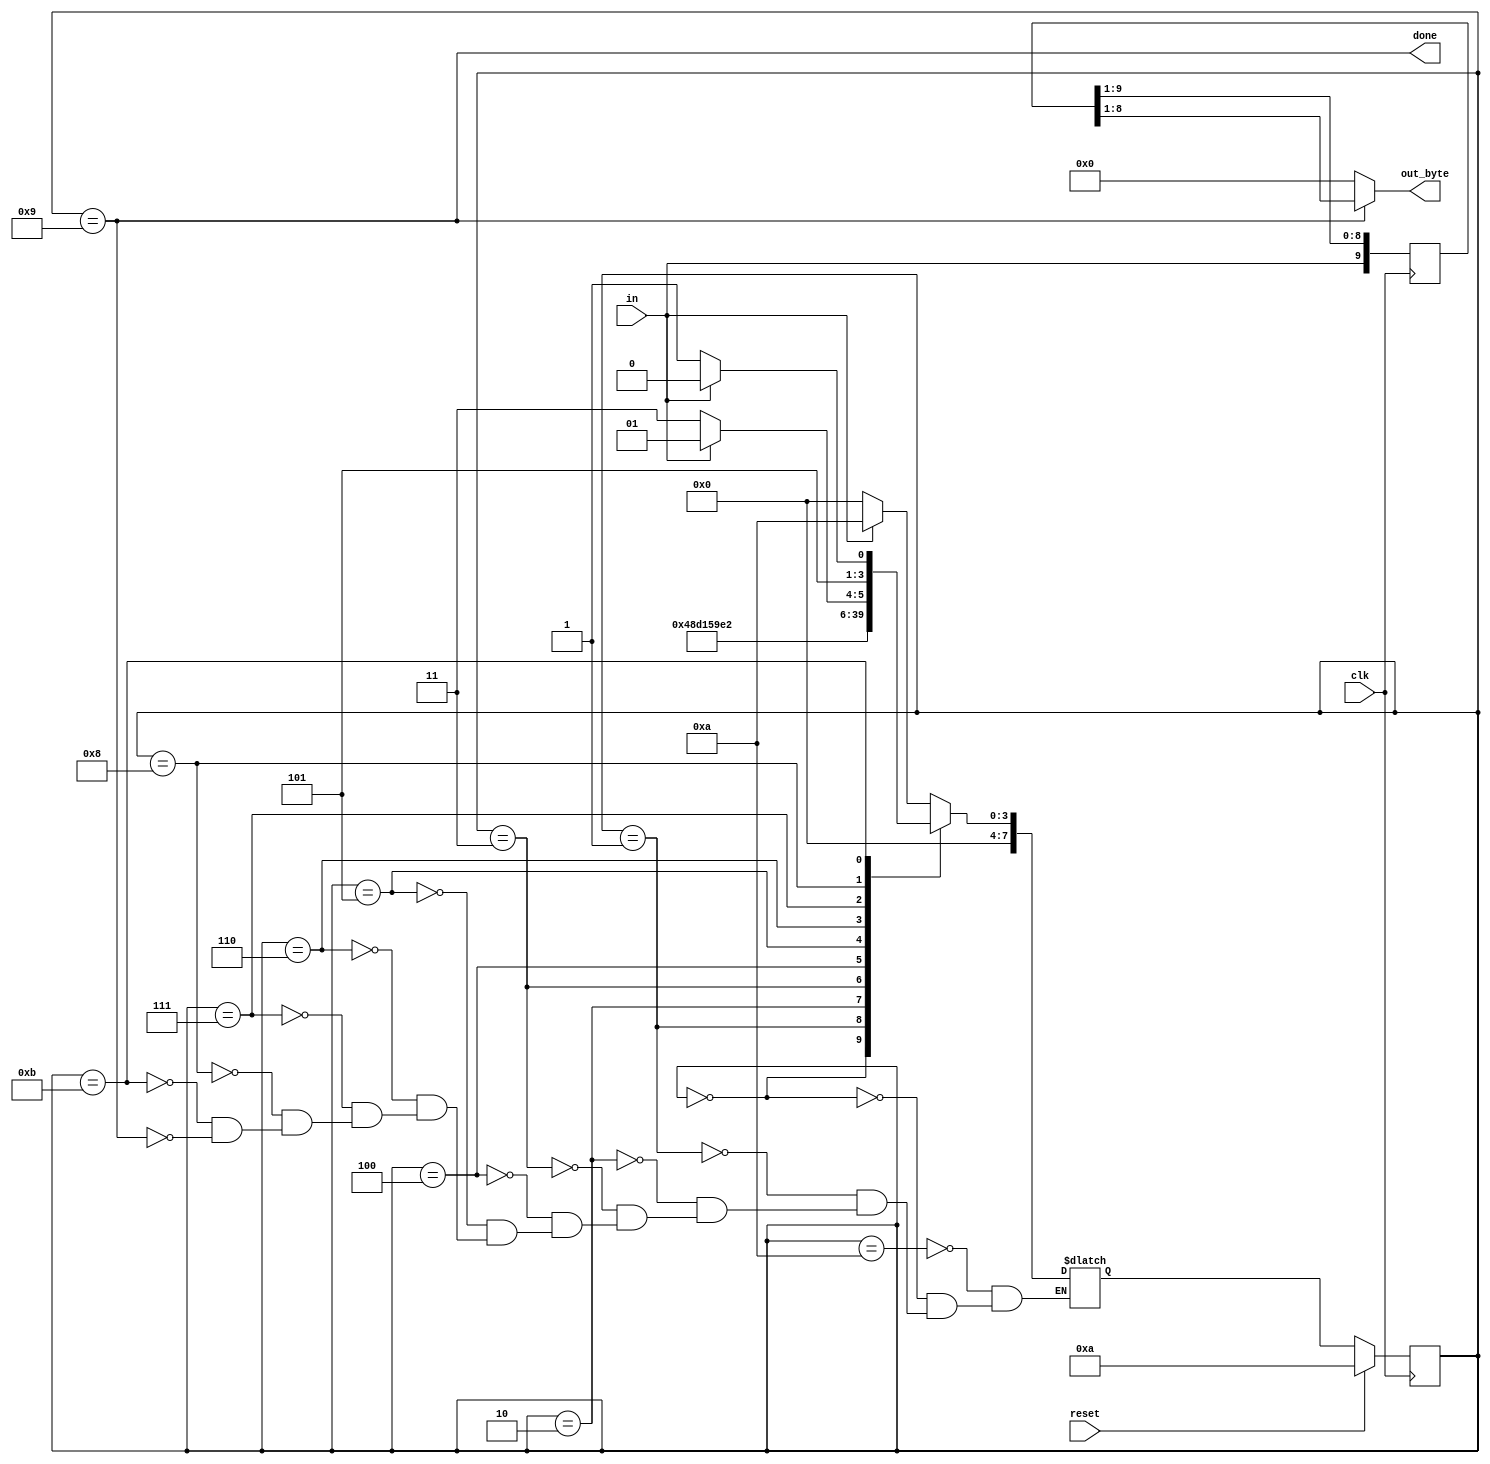
module top_module(
    input clk,
    input in,
    input reset,    // Synchronous reset
    output [7:0] out_byte,
    output done
); //

    reg [7:0] state, next_state;
    reg [9:0] datapath;
    parameter
    	B1=0, B2=1, B3=2, B4=3, B5=4, B6=5, B7=6, B8=7, stop=8, Dn=9, start=10, idle=11;
    
    always @ (*) begin
        case (state)
            start: next_state = in?start:B1;
            B1: next_state = B2;
            B2: next_state = B3;
            B3: next_state = B4;
            B4: next_state = B5;
            B5: next_state = B6;
            B6: next_state = B7;
            B7: next_state = B8;
            B8: next_state = stop;
            stop: next_state = in?Dn:idle;
            idle: next_state = in?start:idle;
            Dn: next_state = in?start:B1;
		endcase
    end
    
    always @ (posedge clk) begin
        if (reset)
            state <= start;
        else
            state <= next_state;
    end
    
    always @ (posedge clk) begin
        datapath[0] <= datapath[1];
        datapath[1] <= datapath[2];
        datapath[2] <=datapath[3];
        datapath[3] <=datapath[4];
        datapath[4] <=datapath[5];
        datapath[5] <=datapath[6];
        datapath[6] <=datapath[7];
        datapath[7] <=datapath[8];
        datapath[8] <=datapath[9];
        datapath[9] <= in;
    end
    
    assign done = (state==Dn);
    assign out_byte = (state==Dn)?datapath[8:1]:7'b0;

endmodule

//
// module top_module(
//     input clk,
//     input in,
//     input reset,    // Synchronous reset
//     output [7:0] out_byte,
//     output done
// ); //

//     reg [31:0] state;
//     always @(posedge clk) begin
//         if (reset)
//             state <= 0;
//         else begin
//             case (state)
//                 0: begin
//                     if (in==0) begin
//                         state <= 1;
//                     end
//                     else
//                         state <= 0;
//                 end
//                 1: begin
//                     out_byte[0] = in;
//                     state <= state + 1;
//                 end
//                 2: begin
//                     out_byte[1] = in;
//                     state <= state + 1;
//                 end
//                 3: begin
//                     out_byte[2] = in;
//                     state <= state + 1;
//                 end
//                 4: begin
//                     out_byte[3] = in;
//                     state <= state + 1;
//                 end
//                 5: begin
//                     out_byte[4] = in;
//                     state <= state + 1;
//                 end
//                 6: begin
//                     out_byte[5] = in;
//                     state <= state + 1;
//                 end
//                 7: begin
//                     out_byte[6] = in;
//                     state <= state + 1;
//                 end
//                 8: begin
//                     out_byte[7] = in;
//                     state <= state + 1;
//                 end
//                 9: begin
//                     if (in==1)
//                         state <= 10;
//                     else
//                         state <= 11;
//                 end
//                 10: begin
//                     if (in==0)
//                         state <= 1;
//                     else
//                         state <= 0;
//                 end
//                 11: begin
//                     if (in==1)
//                         state <= 0;
//                     else
//                         state <= 11;
//                 end
//             endcase
//         end
//     end
    
//     assign done = (state==10)?1:0;
                         
//     // Use FSM from Fsm_serial

//     // New: Datapath to latch input bits.

// endmodule